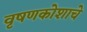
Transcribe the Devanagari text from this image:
वृषणकोशाचे